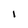
Character: I